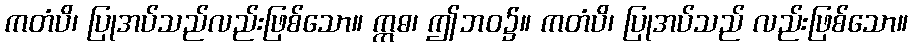
ကတံပိ၊ ပြုအပ်သည်လည်းဖြစ်သော။ ဣဓ၊ ဤဘဝ၌။ ကတံပိ၊ ပြုအပ်သည် လည်းဖြစ်သော။